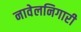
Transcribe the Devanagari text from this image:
नावेलनिगारी